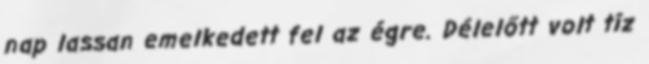
nap lassan emelkedett fel az égre. Délelőtt volt tíz